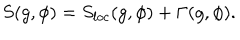
S ( g , \phi ) = S _ { l o c } ( g , \phi ) + \Gamma ( g , \phi ) .